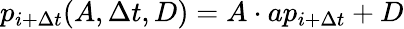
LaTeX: p_{i+\Delta t}(A,\Delta t,D)=A\cdot ap_{i+\Delta t}+D